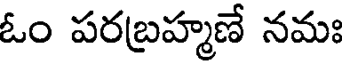
ఓం పరబ్రహ్మణే నమః